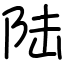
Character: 陆